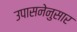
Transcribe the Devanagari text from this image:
उपासनेनुसार